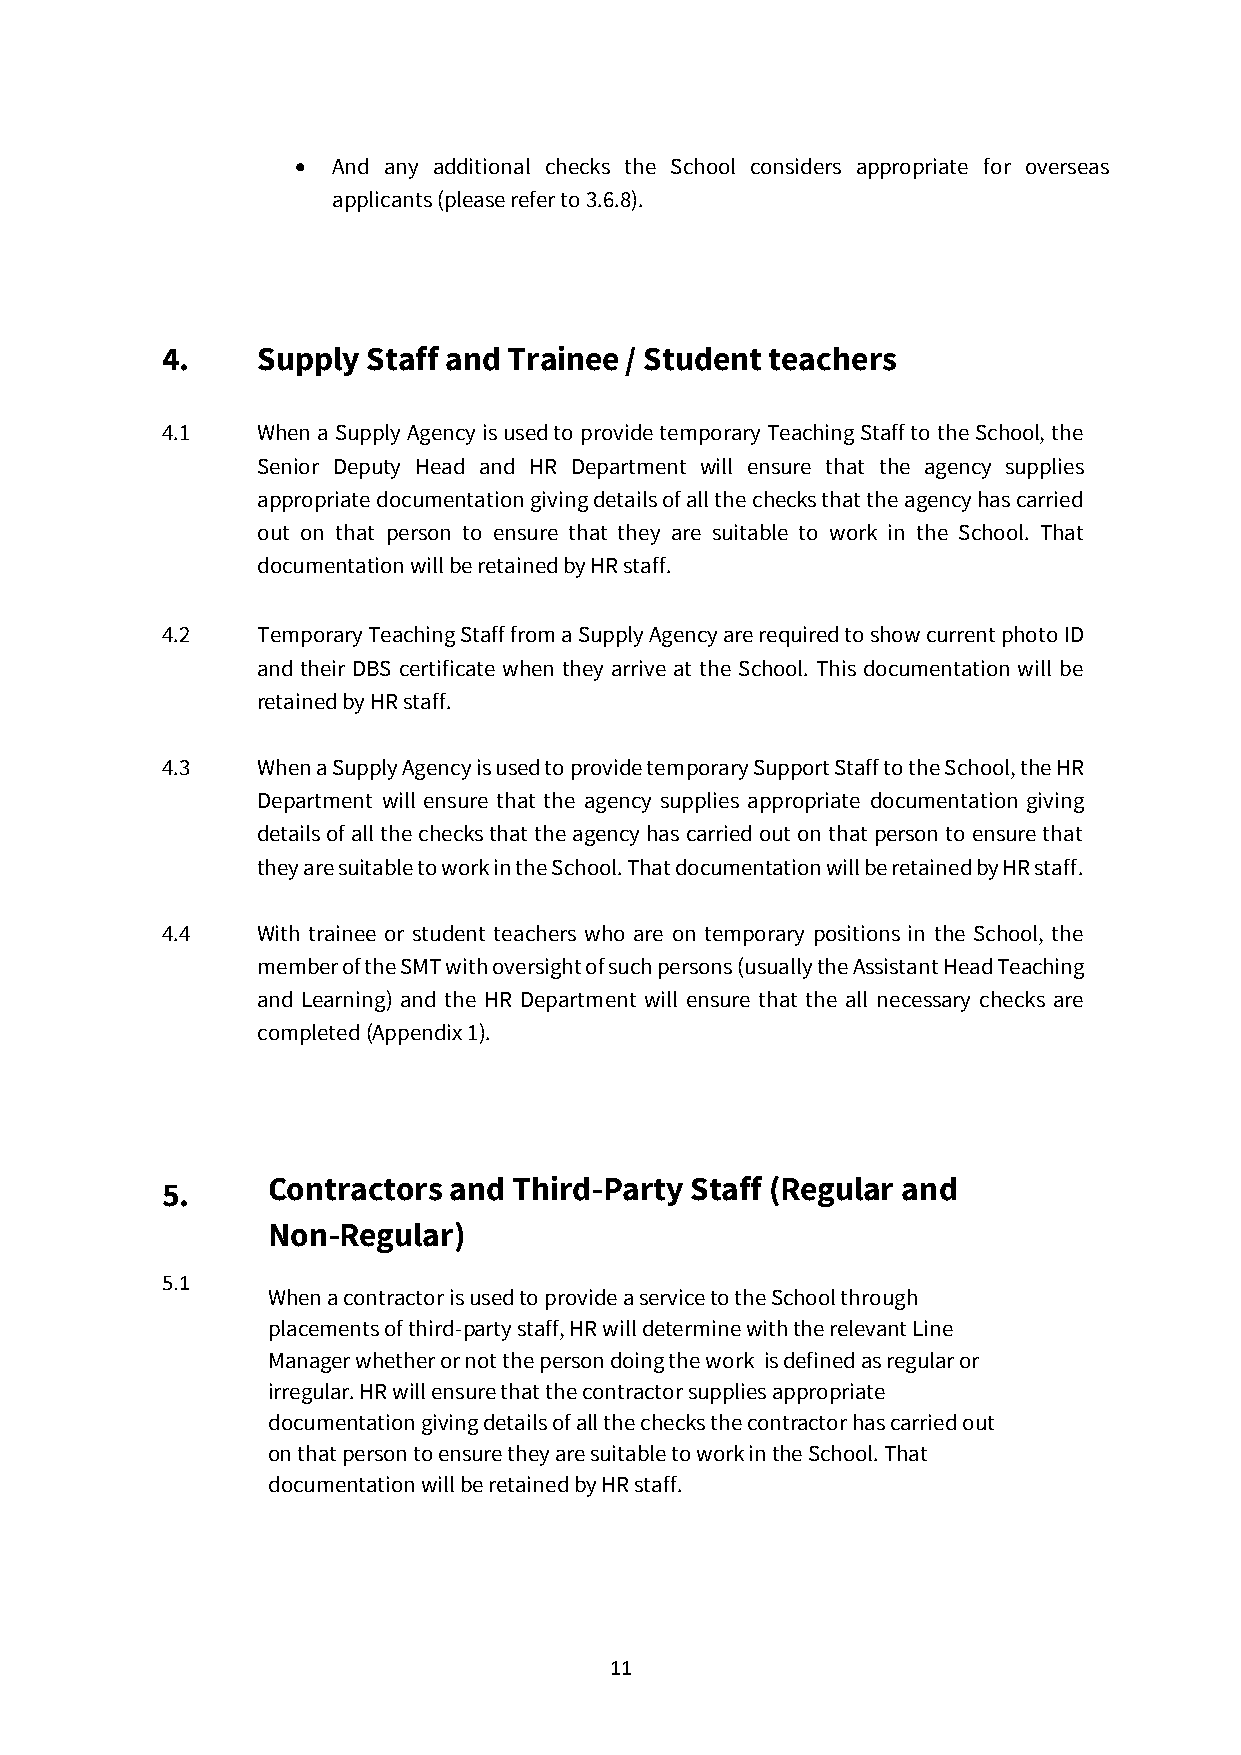
•  And any additional checks the School considers appropriate for overseas
 applicants (please refer to 3.6.8).
 4.    Supply Staff and Trainee / Student teachers
 4.1   When a Supply Agency is used to provide temporary Teaching Staff to the School, the
 Senior Deputy Head and HR Department will ensure that the agency supplies
 appropriate documentation giving details of all the checks that the agency has carried
 out on that person to ensure that they are suitable to work in the School. That
 documentation will be retained by HR staff.
 4.2   Temporary Teaching Staff from a Supply Agency are required to show current photo ID
 and their DBS certificate when they arrive at the School. This documentation will be
 retained by HR staff.
 4.3   When a Supply Agency is used to provide temporary Support Staff to the School, the HR
 Department will ensure that the agency supplies appropriate documentation giving
 details of all the checks that the agency has carried out on that person to ensure that
 they are suitable to work in the School. That documentation will be retained by HR staff.
 4.4   With trainee or student teachers who are on temporary positions in the School, the
 member of the SMT with oversight of such persons (usually the Assistant Head Teaching
 and Learning) and the HR Department will ensure that the all necessary checks are
 completed (Appendix 1).
 5.     Contractors and Third-Party Staff (Regular and
 Non-Regular)
 5.1
 When a contractor is used to provide a service to the School through
 placements of third-party staff, HR will determine with the relevant Line
 Manager whether or not the person doing the work is defined as regular or
 irregular. HR will ensure that the contractor supplies appropriate
 documentation giving details of all the checks the contractor has carried out
 on that person to ensure they are suitable to work in the School. That
 documentation will be retained by HR staff.
 11